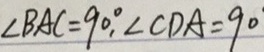
\angle B A C = 9 0 ^ { \circ } , \angle C D A = 9 0